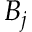
B _ { j }